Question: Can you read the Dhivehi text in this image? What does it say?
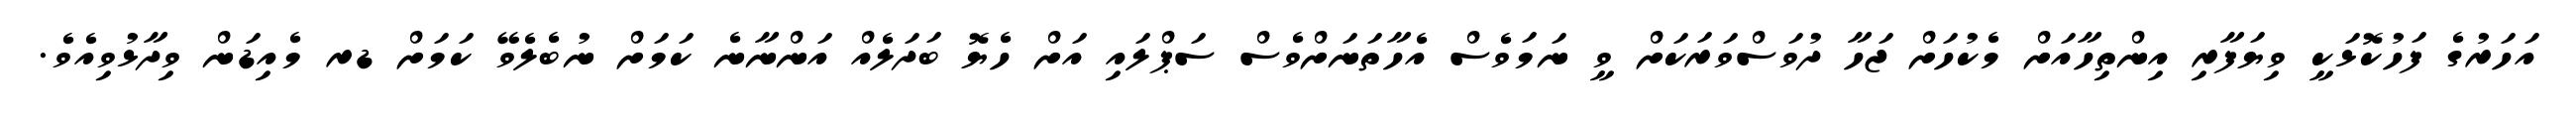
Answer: އަހަރުގެ ފަހުކޮޅަކީ ވިޔަފާރި އިންތިހާއަށް މެކުހަށް ޖަހާ ދުވަސްވަރަކަށް ވީ ނަމަވެސް އެހާތަނަށްވެސް ސަޕްލައި އަށް ހެޔޮ ބަދަލެއް އަންނާނެ ކަމަށް ނުބެލެވޭ ކަމަށް ޑރ މެއިޑަން ވިދާޅުވިއެވެ.